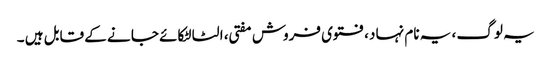
یہ لوگ ، یہ نام نہا د، فتوی فروش مفتی ، الٹا لٹکائے جا نے کے قابل ہیں ۔